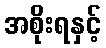
အစိုးရနှင့်